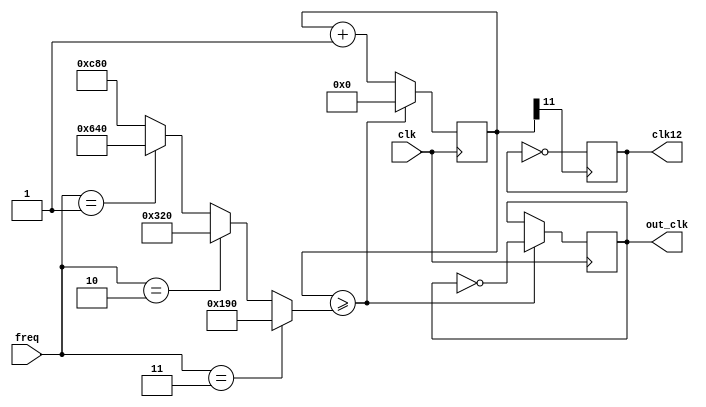
module freq_select(input clk,input [1:0] freq, output reg out_clk, output clk12);
	reg [12:0] cnt;
	reg temp;
	assign clk12 = temp;
	wire [12:0] cnt_times;
	assign cnt_times = (freq == 2'b11) ? 13'd400 : (freq == 2'b10) ? 13'd800 : (freq == 2'b01) ? 13'd1600 : 13'd3200;
	
	always@(posedge cnt[11])
		temp = ~temp;
	
	always @(posedge clk)begin
		if(cnt >= cnt_times) begin
			cnt <= 0;
			out_clk = ~out_clk;
		end
		else
			cnt <= cnt + 1;
	end
	

endmodule